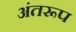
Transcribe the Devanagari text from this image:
अंतरूप